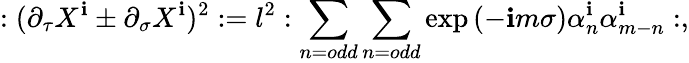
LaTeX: :(\partial_{\tau}X^{\mathbf{i}}\pm\partial_{\sigma}X^{\mathbf{i}})^{2}:=l^{2}:\sum_{n=odd}\sum_{n=odd}\exp{(-\mathbf{i}m\sigma)}\alpha_{n}^{\mathbf{i}}\alpha_{m-n}^{\mathbf{i}}:,